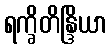
ရက္ခိတိန္ဒြိယာ